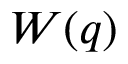
W ( q )